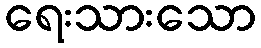
ရေးသားသော